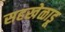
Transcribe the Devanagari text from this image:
सहखेळाडू